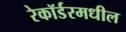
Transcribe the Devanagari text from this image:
रेकॉर्डरमधील